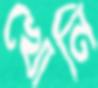
খোনি